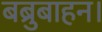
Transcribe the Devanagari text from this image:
बब्रुबाहन।